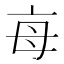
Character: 𣫭